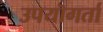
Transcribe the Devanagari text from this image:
उपयॊगर्ता